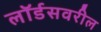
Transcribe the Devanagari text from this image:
लॉर्डसवरील